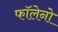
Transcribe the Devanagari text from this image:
फॉलेनो